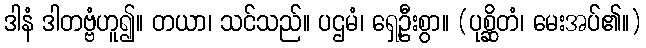
ဒါနံ ဒါတဗ္ဗံဟူ၍။ တယာ၊ သင်သည်။ ပဌမံ၊ ရှေ့ဦးစွာ။ (ပုစ္ဆိတံ၊ မေးအပ်၏။)